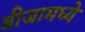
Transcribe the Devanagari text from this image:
बीजामध्ये